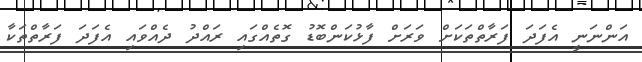
އަންނަނީ އެފަދަ ފަރާތްތަކަށް ވަރަށް ފާޅުކަންބޮޑު ގޮތެއްގައި ރައްދު ދެއްވައި އެފަދަ ފަރާތްތަކާ